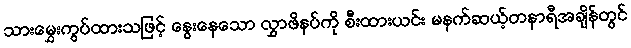
သားမွှေးကွပ်ထားသဖြင့် နွေးနေသော လွှာဖိနပ်ကို စီးထားယင်း မနက်ဆယ့်တနာရီအချိန်တွင်